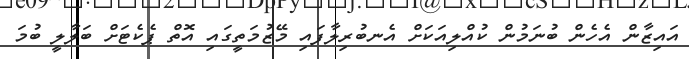
އައިޒާން އެހެން ބުނަމުން ކުއްލިއަކަށް އެނބުރިލާފައި މޭޒުމަތީގައި އޮތް ޕެކެޓަށް ބަލާލީ ބުމަ